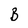
Character: B